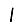
Digit: 1